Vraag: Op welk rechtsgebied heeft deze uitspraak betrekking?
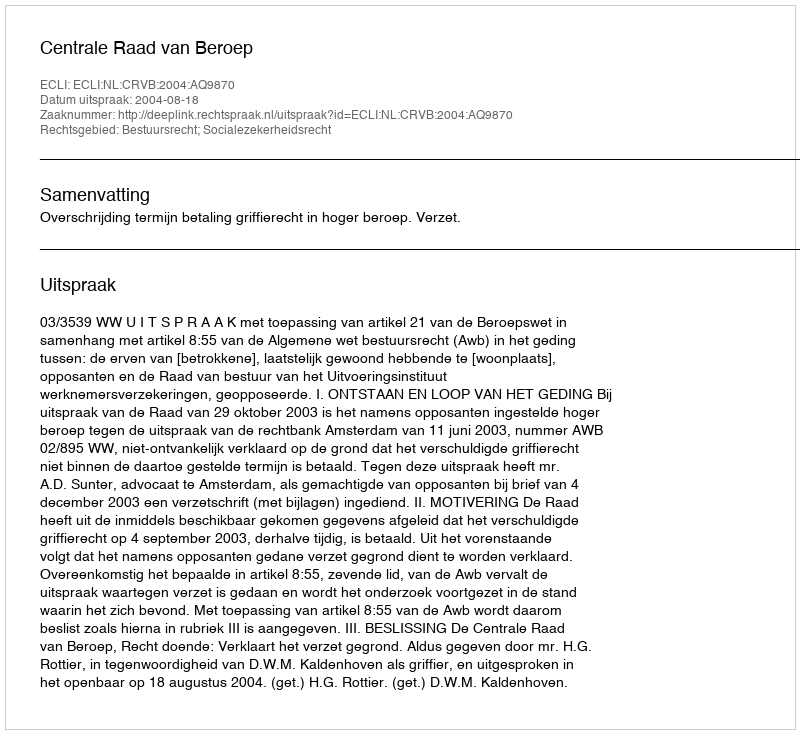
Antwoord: Bestuursrecht; Socialezekerheidsrecht